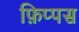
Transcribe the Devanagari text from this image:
फ़िप्पस